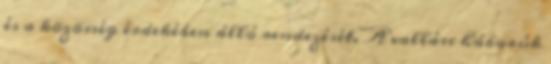
és a közösség érdekében álló rendezését. A vallási háborúk